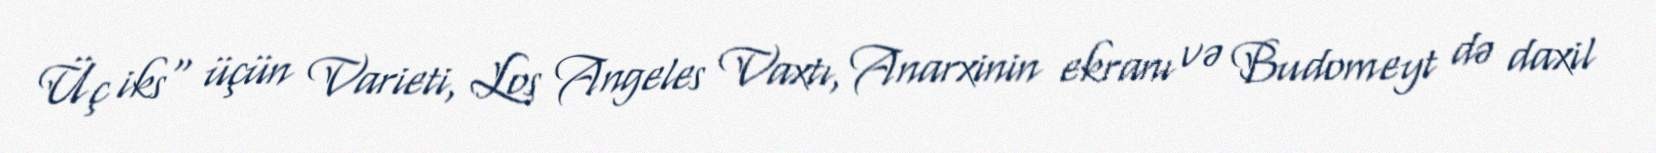
Üç iks" üçün Varieti, Los Angeles Vaxtı, Anarxinin ekranı və Budomeyt də daxil